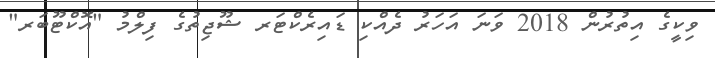
ވިކީގެ އިތުރުން 2018 ވަނަ އަހަރު ދެއްކި ޑައިރެކްޓަރ ޝޫޖިތުގެ ފިލްމު "އޮކްޓޫބަރ"